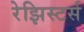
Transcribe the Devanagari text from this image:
रेझिस्टर्स